Report of the Indian Hemp Drugs Commission, 1894-1895 - Volume I
Year: 1894
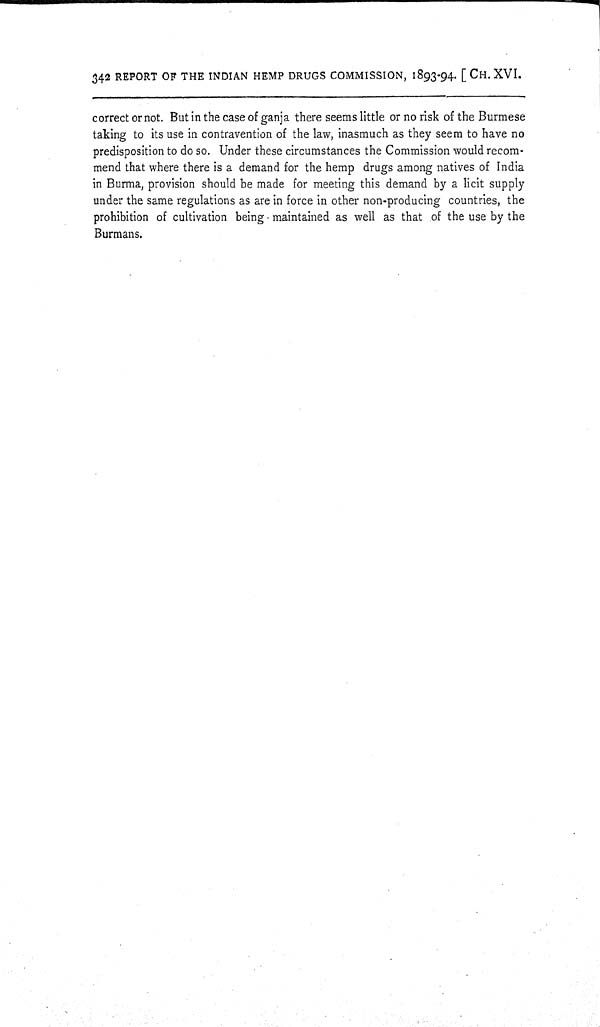
342 REPORT OF THE INDIAN HEMP DRUGS COMMISSION, 1893-94. [CH. XVI.
correct or not. But in the case of ganja there seems little or no risk of the Burmese
taking to its use in contravention of the law, inasmuch as they seem to have no
predisposition to do so. Under these circumstances the Commission would recom-
mend that where there is a demand for the hemp drugs among natives of India
in Burma, provision should be made for meeting this demand by a licit supply
under the same regulations as are in force in other non-producing countries, the
prohibition of cultivation being maintained as well as that of the use by the
Burmans.